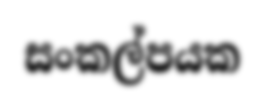
සංකල්පයක